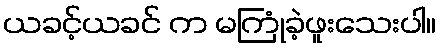
ယခင့်ယခင် က မကြုံခဲ့ဖူးသေးပါ။